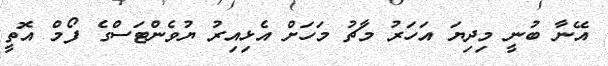
އޭނާ ބުނީ މިދިޔަ އަހަރު މާޗު މަހަށް އެޅިއިރު ޔުވެންޓަސްގެ ފޯމް އޮތީ